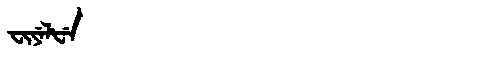
Manchu: ᠸᡳᠶᡝᠯᡶᡝ
Romanization: FIYELFE